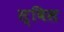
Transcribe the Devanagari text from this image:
स्‍विस